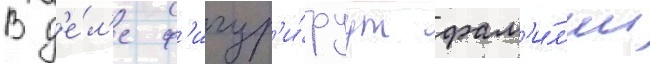
В д'е́л'е ф'игур'и́руут фам'и́л'ии